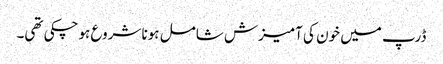
ڈرپ میں خون کی آمیزش شامل ہونا شروع ہوچکی تھی۔